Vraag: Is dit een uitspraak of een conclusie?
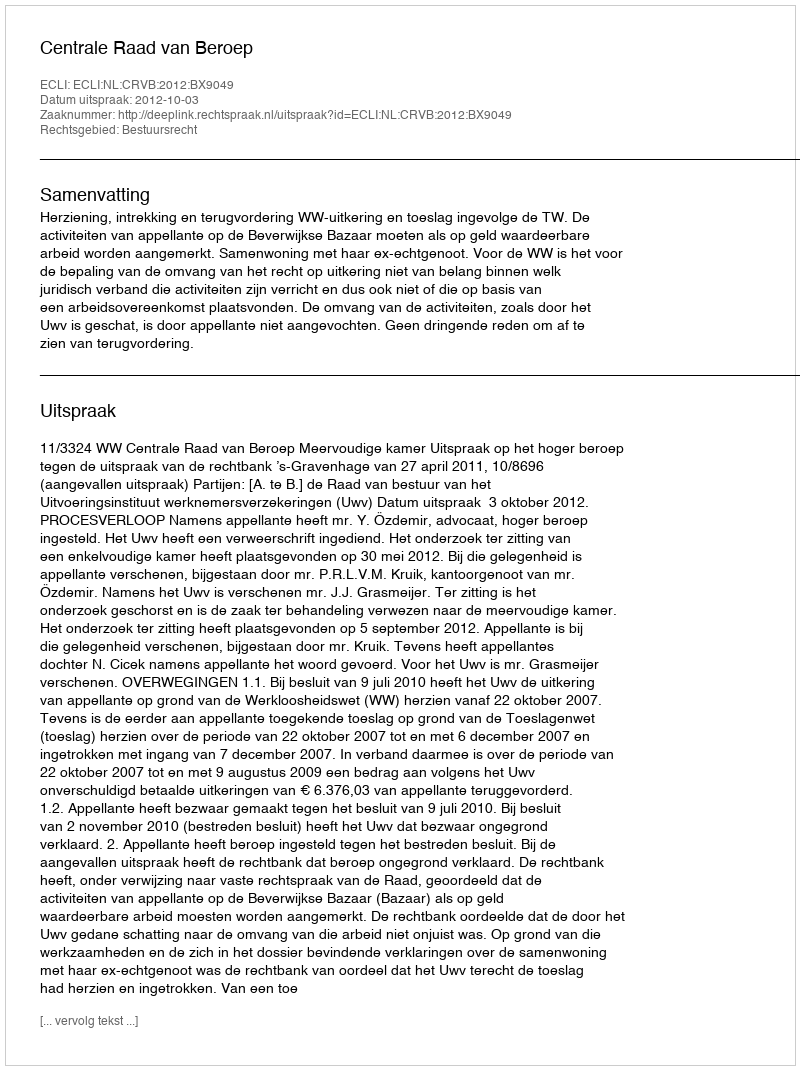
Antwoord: Uitspraak